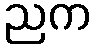
ညက